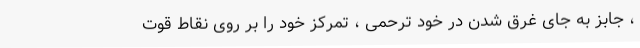
، جابز به جای غرق شدن در خود ترحمی ، تمرکز خود را بر روی نقاط قوت